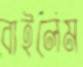
বাইলেম